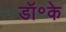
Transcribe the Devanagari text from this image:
डॉ॰के